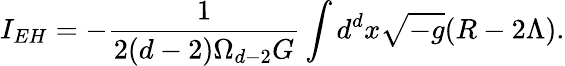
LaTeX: I_{EH}=-\frac{1}{2(d-2)\Omega_{d-2}G}\int d^{d}x\sqrt{-g}(R-2\Lambda).